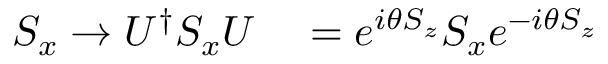
\begin{array} { r l } { S _ { x } \rightarrow U ^ { \dagger } S _ { x } U } & { { } = e ^ { i \theta S _ { z } } S _ { x } e ^ { - i \theta S _ { z } } } \end{array}